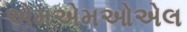
એમએમઓએલ